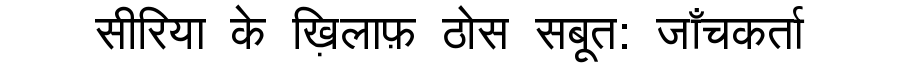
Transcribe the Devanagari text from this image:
सीरिया के ख़िलाफ़ ठोस सबूत: जाँचकर्ता